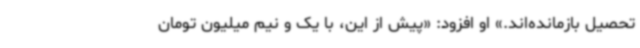
تحصیل بازمانده‌اند.» او افزود: «پیش از این، با یک و نیم‌ میلیون تومان